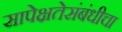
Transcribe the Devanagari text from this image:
सापेक्षतेसंबंधीचा